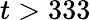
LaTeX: t>333